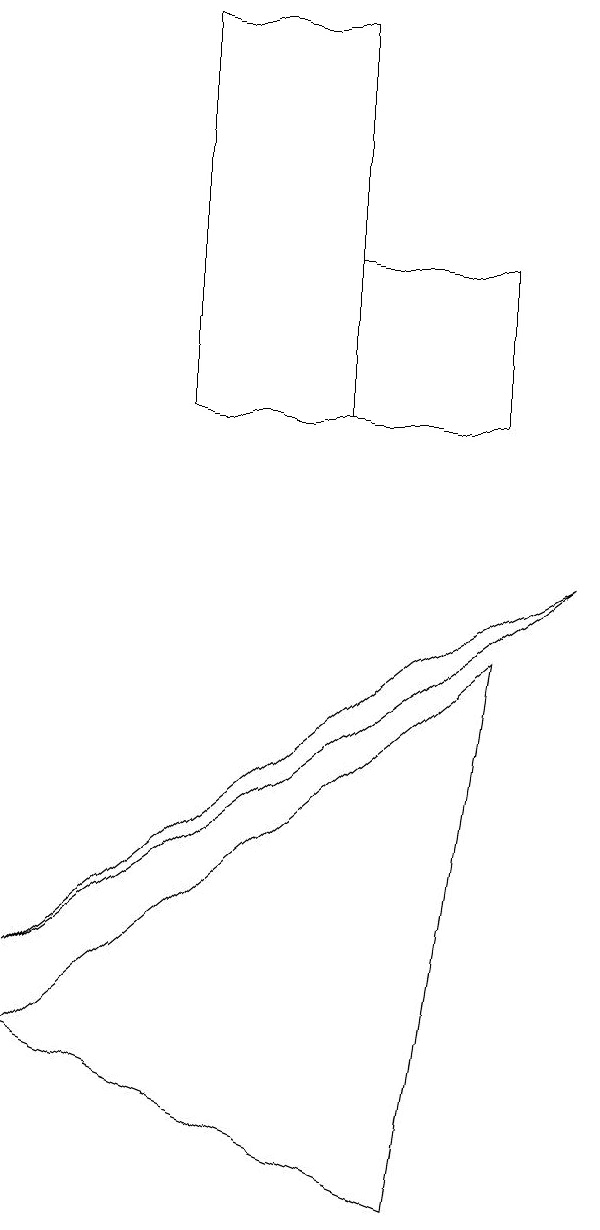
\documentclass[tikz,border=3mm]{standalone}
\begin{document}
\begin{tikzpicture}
\draw (4,13) rectangle (6,11);
\draw (5,1) -- (0,3) -- (6,8) -- cycle;
\draw (0,4) -- (7,9) -- (5,8) -- cycle;
\draw (2,11) rectangle (4,16);
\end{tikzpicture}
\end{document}